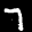
Label: 7